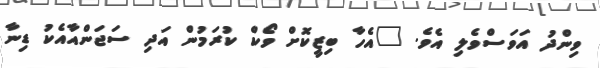
ވިންދު އަވަސްވެލި އެވެ. "އެހާ ބިޒީކޮށް ވޯކް ކުރަމުން އަދި ސަޖަންއާއެކު ޑިނާ